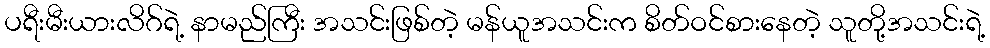
ပရီးမီးယားလိဂ်ရဲ့ နာမည်ကြီး အသင်းဖြစ်တဲ့ မန်ယူအသင်းက စိတ်ဝင်စားနေတဲ့ သူတို့အသင်းရဲ့